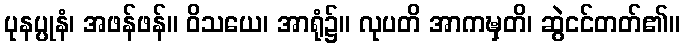
ပုနပ္ပုနံ၊ အဖန်ဖန်။ ဝိသယေ၊ အာရုံ၌။ လုပတိ အာကဍ္ဎှတိ၊ ဆွဲငင်တတ်၏။